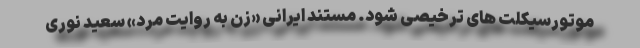
موتورسیکلت های ترخیصی شود. مستند ایرانی «زن به روایت مرد» سعید نوری